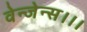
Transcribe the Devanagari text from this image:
वेन्जेन्स।।।